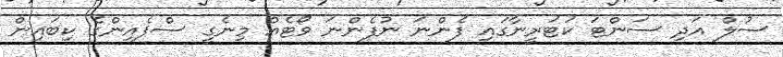
ސުލް އަދި ސަންޓަ ކަޓަރީނާގައި ފެންނަ ނުފެންނަ ވޯޓެއް މިނެގީ ސްޕެއިންގެ ކިބައިން